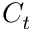
C _ { t }